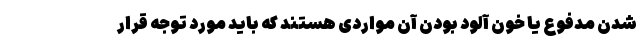
شدن مدفوع یا خون آلود بودن آن مواردی هستند که باید مورد توجه قرار